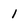
Character: 1